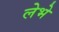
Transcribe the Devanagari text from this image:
लेभे